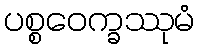
ပစ္စဝေက္ခဿုမံ